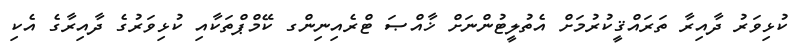
ކުޅިވަރު ދާއިރާ ތަރައްޤީކުރުމަށް އެތުލީޓުންނަށް ޚާއްޞަ ޓްރެއިނިންގ ކޭމްޕްތަކާއި ކުޅިވަރުގެ ދާއިރާގެ އެކި